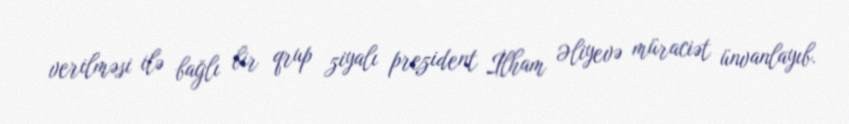
verilməsi ilə bağlı bir qrup ziyalı prezident İlham Əliyevə müraciət ünvanlayıb.